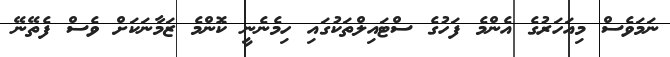
ނަމަވެސް މިއަހަރުގެ އެންމެ ފަހުގެ ސްޓައިލްތަކުގައި ހިމެނެނީ ކޮންމެ ޒަމާނަކަށް ވެސް ފެތޭނޭ